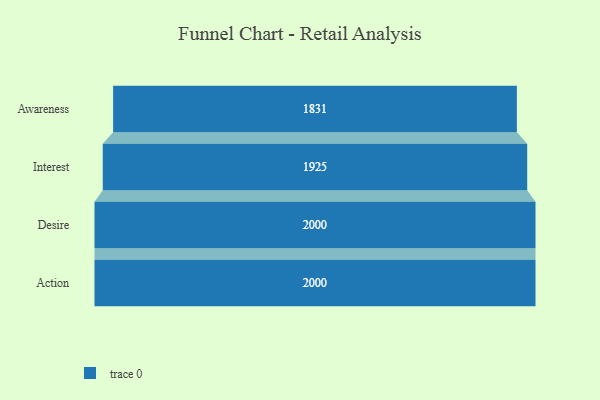
{"axis": {"x": "Stage", "y": "Value"}, "legend": [""], "data": [{"x": "Awareness", "y": 1831.0, "type": ""}, {"x": "Interest", "y": 1925.0, "type": ""}, {"x": "Desire", "y": 2000, "type": ""}, {"x": "Action", "y": 2000, "type": ""}]}